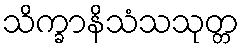
သိက္ခာနိသံသသုတ္တ